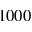
1 0 0 0